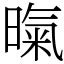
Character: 暣